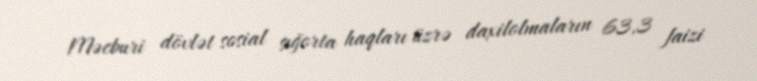
Məcburi dövlət sosial sığorta haqları üzrə daxilolmaların 63,3 faizi